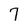
Character: 7